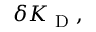
\delta K _ { \textrm { D } } ,